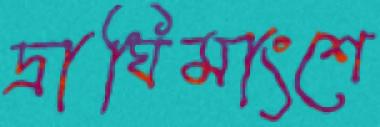
দ্রাঘিমাংশে